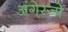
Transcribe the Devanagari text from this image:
अंगे्रजो